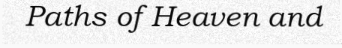
Paths of Heaven and